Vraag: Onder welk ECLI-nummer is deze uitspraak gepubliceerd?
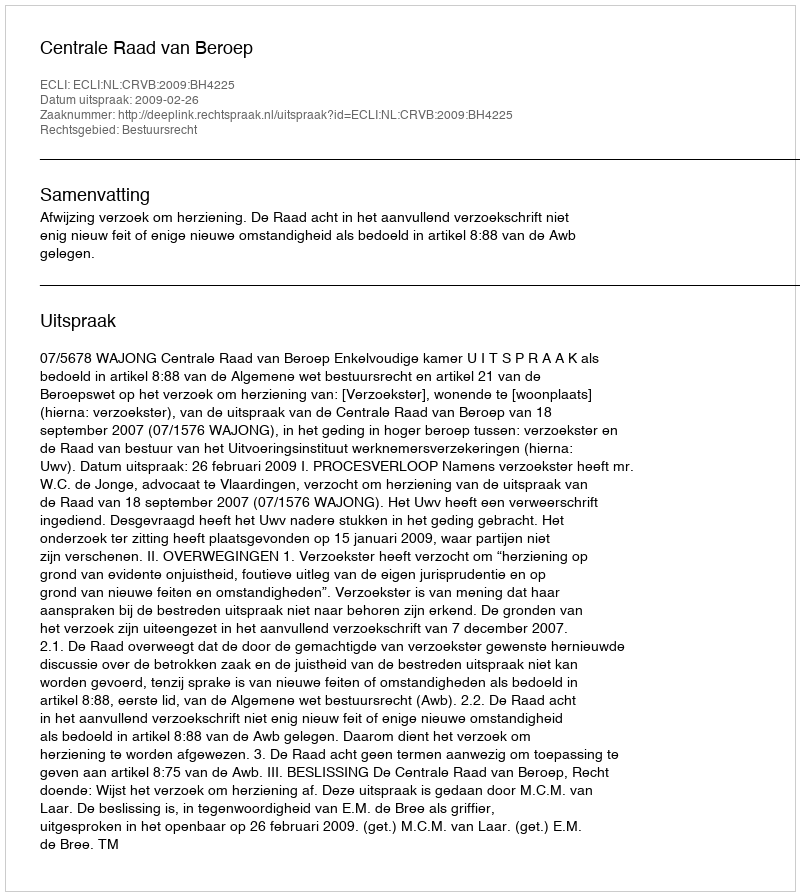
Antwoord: ECLI:NL:CRVB:2009:BH4225